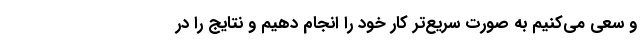
و سعی می‌کنیم به صورت سریع‌تر کار خود را انجام دهیم و نتایج را در